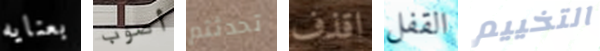
بعنايه أصوب تحدثتم اقذف القفل التخييم